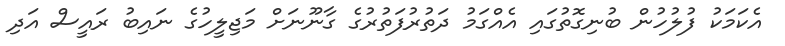
އެކަމަކު ފުލުހުން ބުނިގޮތުގައި އެއްގަމު ދަތުރުފަތުރުގެ ގާނޫނަށް މަޖިލީހުގެ ނައިބު ރައީސް އަދި